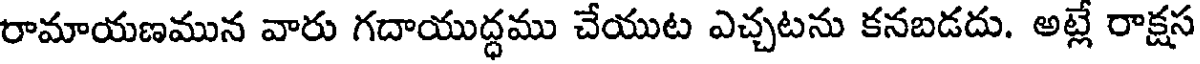
రామాయణమున వారు గదాయుద్ధము చేయుట ఎచ్చటను కనబడదు. అట్లే రాక్షస